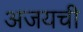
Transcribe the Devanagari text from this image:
अजयची